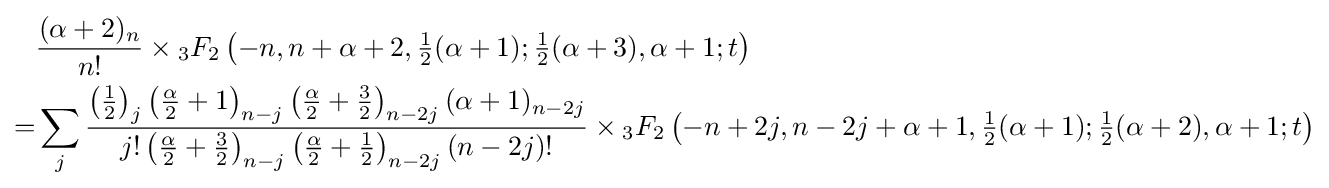
{\begin{aligned}&{\frac {(\alpha +2)_{n}}{n!}}\times {}_{3}F_{2}\left(-n,n+\alpha +2,{\tfrac {1}{2}}(\alpha +1);{\tfrac {1}{2}}(\alpha +3),\alpha +1;t\right)\\=&\sum _{j}{\frac {\left({\tfrac {1}{2}}\right)_{j}\left({\tfrac {\alpha }{2}}+1\right)_{n-j}\left({\tfrac {\alpha }{2}}+{\tfrac {3}{2}}\right)_{n-2j}(\alpha +1)_{n-2j}}{j!\left({\tfrac {\alpha }{2}}+{\tfrac {3}{2}}\right)_{n-j}\left({\tfrac {\alpha }{2}}+{\tfrac {1}{2}}\right)_{n-2j}(n-2j)!}}\times {}_{3}F_{2}\left(-n+2j,n-2j+\alpha +1,{\tfrac {1}{2}}(\alpha +1);{\tfrac {1}{2}}(\alpha +2),\alpha +1;t\right)\end{aligned}}